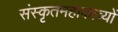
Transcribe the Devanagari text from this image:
संस्कृतमहाकाव्यों